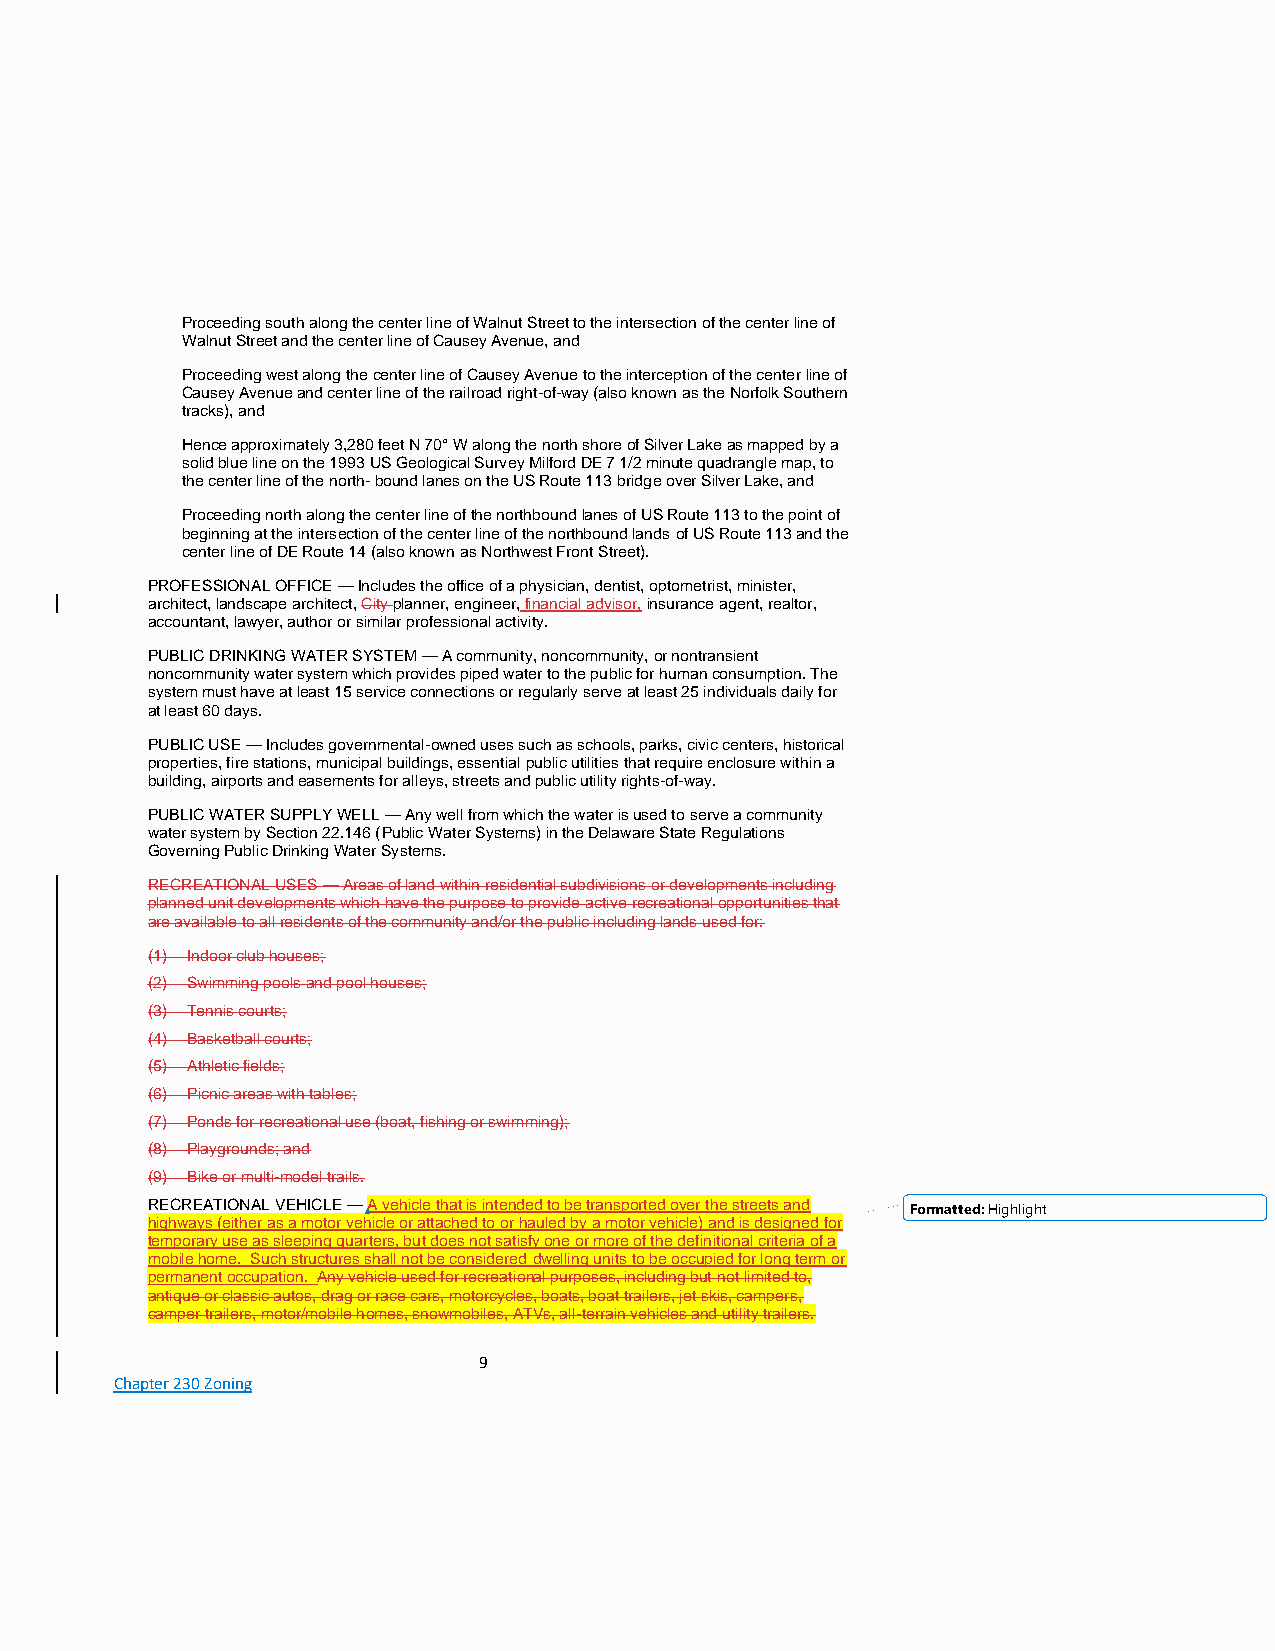
Proceeding south along the center line of Walnut Street to the intersection of the center line of
 Walnut Street and the center line of Causey Avenue, and
 Proceeding west along the center line of Causey Avenue to the interception of the center line of
 Causey Avenue and center line of the railroad right-of-way (also known as the Norfolk Southern
 tracks), and
 Hence approximately 3,280 feet N 70° W along the north shore of Silver Lake as mapped by a
 solid blue line on the 1993 US Geological Survey Milford DE 7 1/2 minute quadrangle map, to
 the center line of the north- bound lanes on the US Route 113 bridge over Silver Lake, and
 Proceeding north along the center line of the northbound lanes of US Route 113 to the point of
 beginning at the intersection of the center line of the northbound lands of US Route 113 and the
 center line of DE Route 14 (also known as Northwest Front Street).
 PROFESSIONAL OFFICE — Includes the office of a physician, dentist, optometrist, minister,
 architect, landscape architect, City planner, engineer, financial advisor, insurance agent, realtor,
 accountant, lawyer, author or similar professional activity.
 PUBLIC DRINKING WATER SYSTEM — A community, noncommunity, or nontransient
 noncommunity water system which provides piped water to the public for human consumption. The
 system must have at least 15 service connections or regularly serve at least 25 individuals daily for
 at least 60 days.
 PUBLIC USE — Includes governmental-owned uses such as schools, parks, civic centers, historical
 properties, fire stations, municipal buildings, essential public utilities that require enclosure within a
 building, airports and easements for alleys, streets and public utility rights-of-way.
 PUBLIC WATER SUPPLY WELL — Any well from which the water is used to serve a community
 water system by Section 22.146 (Public Water Systems) in the Delaware State Regulations
 Governing Public Drinking Water Systems.
 RECREATIONAL USES — Areas of land within residential subdivisions or developments including
 planned unit developments which have the purpose to provide active recreational opportunities that
 are available to all residents of the community and/or the public including lands used for:
 (1) Indoor club houses;
 (2) Swimming pools and pool houses;
 (3) Tennis courts;
 (4) Basketball courts;
 (5) Athletic fields;
 (6) Picnic areas with tables;
 (7) Ponds for recreational use (boat, fishing or swimming);
 (8) Playgrounds; and
 (9) Bike or multi-model trails.
 RECREATIONAL VEHICLE — A vehicle that is intended to be transported over the streets and Formatted: Highlight
 highways (either as a motor vehicle or attached to or hauled by a motor vehicle) and is designed for
 temporary use as sleeping quarters, but does not satisfy one or more of the definitional criteria of a
 mobile home. Such structures shall not be considered dwelling units to be occupied for long term or
 permanent occupation. Any vehicle used for recreational purposes, including but not limited to,
 antique or classic autos, drag or race cars, motorcycles, boats, boat trailers, jet skis, campers,
 camper trailers, motor/mobile homes, snowmobiles, ATVs, all-terrain vehicles and utility trailers.
 9
 Chapter 230 Zoning